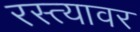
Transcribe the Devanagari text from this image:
रस्‍त्‍यावर